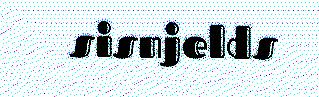
sisnjelds